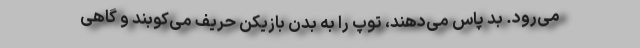
می‌رود. بد پاس می‌دهند، توپ را به بدن بازیکن حریف می‌کوبند و گاهی